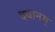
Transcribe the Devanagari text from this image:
दधानम्‌